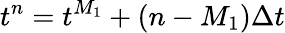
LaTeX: t^{n}=t^{M_{1}}+(n-M_{1})\Delta t